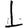
Digit: 1